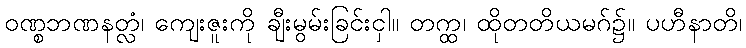
ဝဏ္စဘဏနတ္လံ၊ ကျေးဇူးကို ချီးမွမ်းခြင်းငှါ။ တက္ထ၊ ထိုတတိယမဂ်၌။ ပဟီနာတိ၊